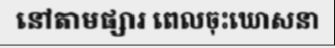
នៅតាមផ្សារ ពេលចុះឃោសនា